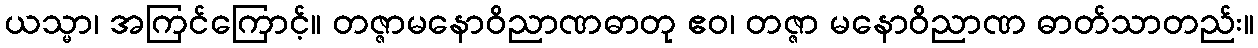
ယသ္မာ၊ အကြင်ကြောင့်။ တဇ္ဇာမနောဝိညာဏဓာတု ဧဝ၊ တဇ္ဇာ မနောဝိညာဏ ဓာတ်သာတည်း။